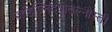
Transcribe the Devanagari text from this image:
जहिज्निदेयातेल्नोस्ती